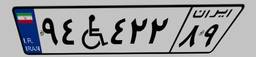
۹۴W۴۲۲۸۹